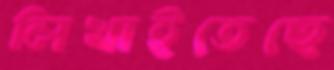
লিখাইতেছে